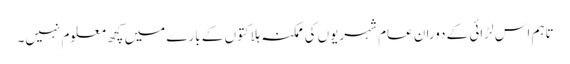
تاہم اس لڑائی کے دوران عام شہریوں کی ممکنہ ہلاکتوں کے بارے میں کچھ معلوم نہیں۔